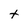
Character: t